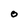
Character: O